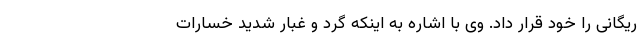
ریگانی را خود قرار داد. وی با اشاره به اینکه گرد و غبار شدید خسارات